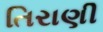
તિરાણી